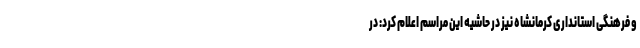
و فرهنگی استانداری کرمانشاه نیز در حاشیه این مراسم اعلام کرد: در